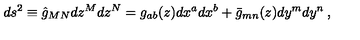
d s ^ { 2 } \equiv \hat { g } _ { M N } d z ^ { M } d z ^ { N } = g _ { a b } ( z ) d x ^ { a } d x ^ { b } + \bar { g } _ { m n } ( z ) d y ^ { m } d y ^ { n } \: ,